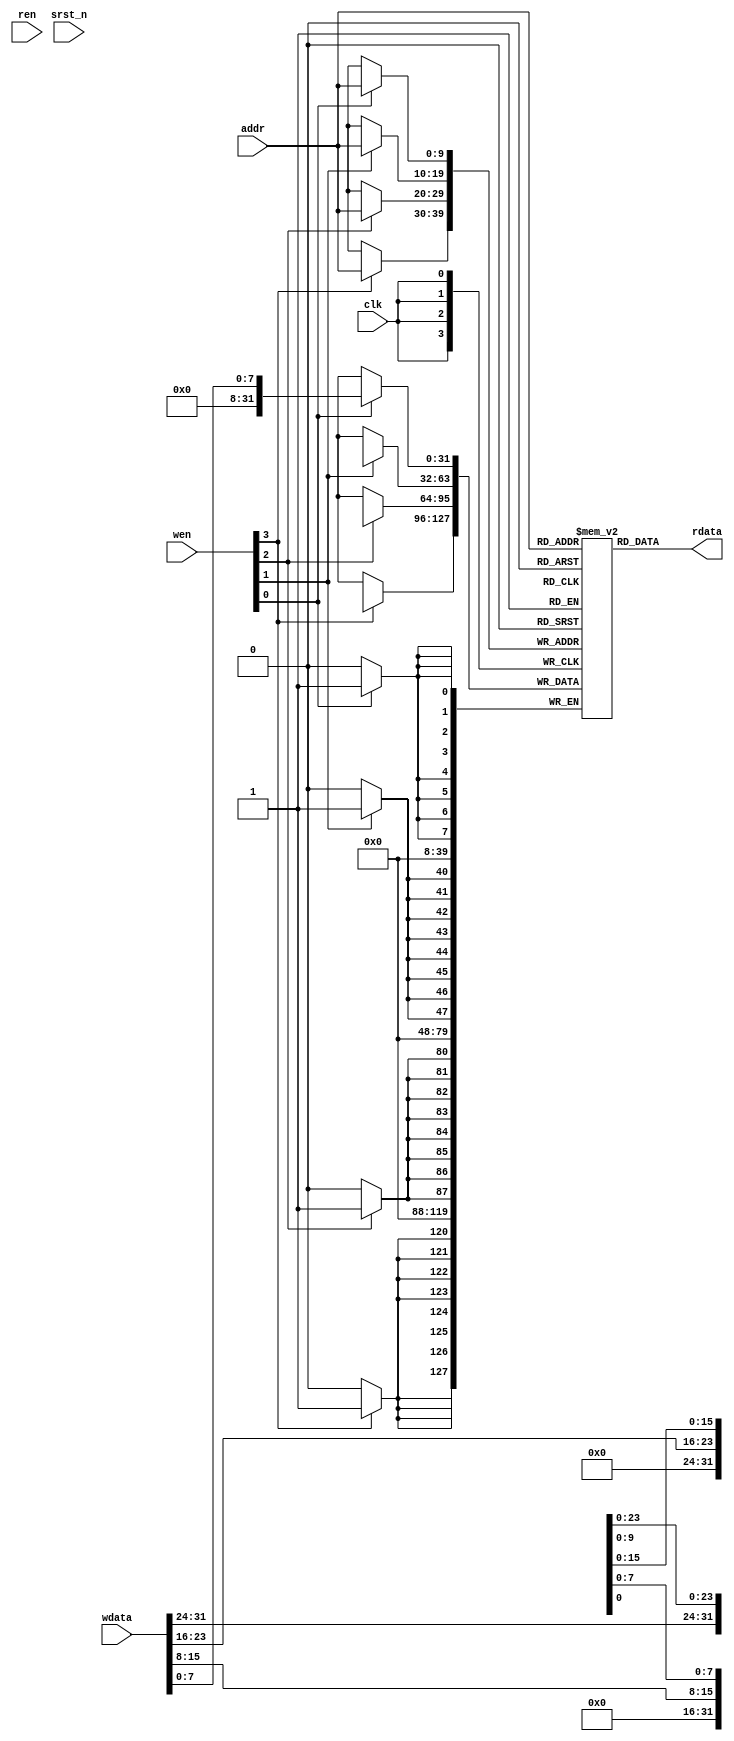
//=============================================
//       Dual Issue Inorder RISC-V CPU              
// 
//=============================================

module ram 
#(
    parameter DATA_WIDTH = 32,
    parameter DATA_NUM = 1024,
    parameter ADDR_WIDTH = 10
)
(
    input clk,
    input srst_n,

    input [ADDR_WIDTH-1:0] addr,
    input [DATA_WIDTH-1:0] wdata,
    input ren,
    input [3:0] wen,

    output [DATA_WIDTH-1:0] rdata
);

reg [DATA_WIDTH-1:0] ram [0:DATA_NUM-1];
reg [DATA_WIDTH-1:0] ram_read;

always @ (negedge clk) begin
    if (wen[0])
        ram[addr][0 +: 8] <= wdata[0 +: 8];
    if (wen[1])
        ram[addr][8 +: 8] <= wdata[8 +: 8];
    if (wen[2])
        ram[addr][16 +: 8] <= wdata[16 +: 8];
    if (wen[3])
        ram[addr][24 +: 8] <= wdata[24 +: 8];
end

assign rdata = ram[addr];

endmodule